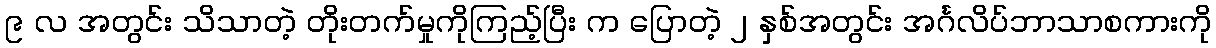
၉ လ အတွင်း သိသာတဲ့ တိုးတက်မှုကိုကြည့်ပြီး က ပြောတဲ့ ၂ နှစ်အတွင်း အင်္ဂလိပ်ဘာသာစကားကို